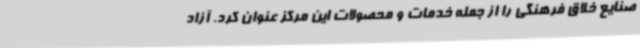
صنایع خلاق فرهنگی را از جمله خدمات و محصولات این مرکز عنوان کرد. آزاد